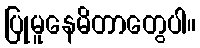
ပြုမူနေမိတာတွေပါ။